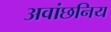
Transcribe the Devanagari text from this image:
अवांछनिय